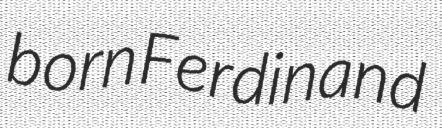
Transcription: born Ferdinand